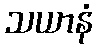
သယာနံ